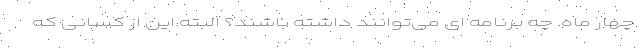
چهار ماه. چه برنامه ای می‌توانند داشته باشند؟ البته این از کسانی که